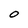
Character: O